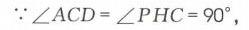
$\because\angle ACD = \angle PHC = 90^{\circ}$,